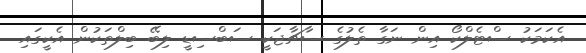
އެކަމަކު ސްޓެލްކޯ އިން ނަގާ ތެލުގެ ސާޗާޖަކީ ސަބްސިޑީ ލިބޭ ބިލްތަކުން އެކީގައި